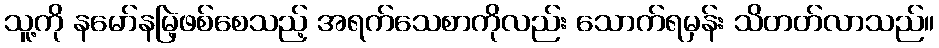
သူ့ကို နမော်နမြဲ့ဖစ်စေသည့် အရက်သေစာကိုလည်း သောက်ရမှန်း သိတတ်လာသည်။